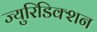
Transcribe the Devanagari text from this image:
ज्युरिडिक्शन